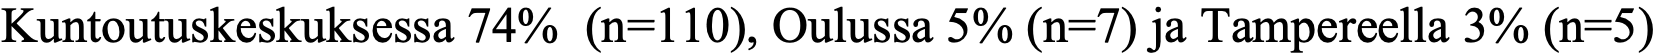
Kuntoutuskeskuksessa 74% (n=110), Oulussa 5% (n=7) ja Tampereella 3% (n=5)